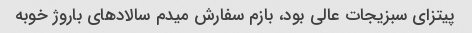
پیتزای سبزیجات عالی بود، بازم سفارش میدم سالادهای باروژ خوبه